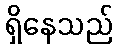
ရှိနေသည်